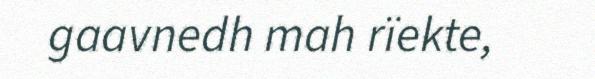
gaavnedh mah rïekte,